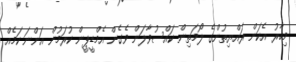
މިހާރު އެކަން ރައްޔިތުންގެ ލޯމަތިން ކައްސުވާލަން ވެގެން އެމްޑީޕީން ކުރަމުން އަންނަ ކަމެއް